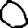
Digit: 0